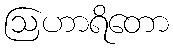
ဩဟာရိတော